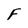
Character: F